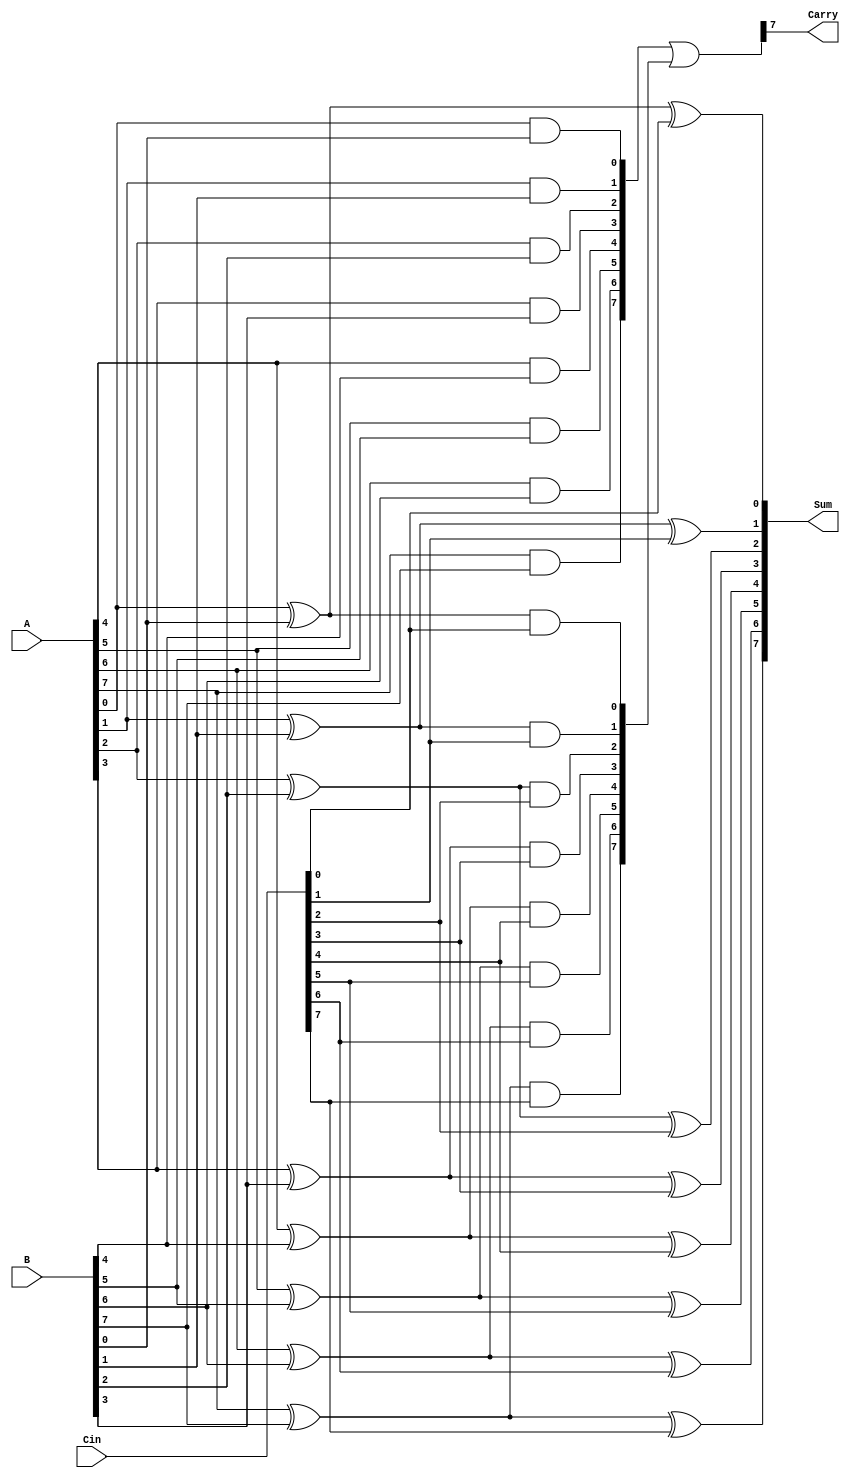
module CarrySaveAdder (
    input [N-1:0] A,      // First operand
    input [N-1:0] B,      // Second operand
    input [N-1:0] Cin,    // Carry input
    output [N-1:0] Sum,    // Final sum output
    output Carry           // Final carry output
);
    parameter N = 8; // Width of the operands

    wire [N-1:0] P; // Partial sum
    wire [N-1:0] C; // Carry

    // Generate partial sum and carry
    genvar i;
    generate
        for (i = 0; i < N; i = i + 1) begin : CSA
            assign P[i] = A[i] ^ B[i]; // Partial sum
            assign C[i] = A[i] & B[i]; // Carry
        end
    endgenerate

    // Final carry addition with Cin
    wire [N-1:0] FinalSum; // Intermediate sum
    wire [N-1:0] FinalCarry; // Intermediate carry

    generate
        for (i = 0; i < N; i = i + 1) begin : FinalStage
            assign FinalSum[i] = P[i] ^ Cin[i]; // Final sum with carry input
            assign FinalCarry[i] = P[i] & Cin[i]; // Carry from sum and Cin
        end
    endgenerate

    // Combine the final carries
    wire [N-1:0] CombinedCarry;
    assign CombinedCarry = C | FinalCarry; // Combine carries from CSA and Cin

    // Final output
    assign Sum = FinalSum;
    assign Carry = CombinedCarry[N-1]; // Final carry output (most significant bit)

endmodule